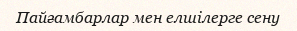
Пайғамбарлар мен елшілерге сену